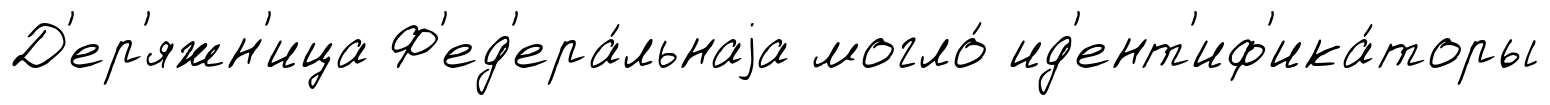
Д'ер'яжн'ица Ф'ед'ера́льнаjа могло́ ид'ент'иф'ика́торы